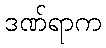
ဒဏ်ရာက